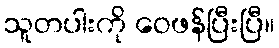
သူတပါးကို ဝေဖန်ပြီးပြီ။